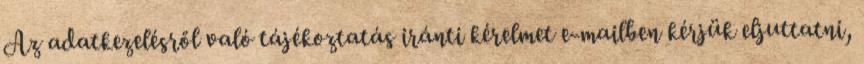
Az adatkezelésről való tájékoztatás iránti kérelmet e-mailben kérjük eljuttatni,